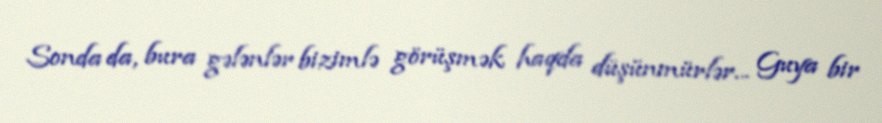
Sonda da, bura gələnlər bizimlə görüşmək haqda düşünmürlər... Guya bir